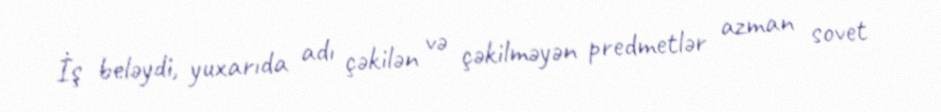
İş beləydi, yuxarıda adı çəkilən və çəkilməyən predmetlər azman sovet